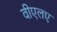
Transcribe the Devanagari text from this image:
वीएलए